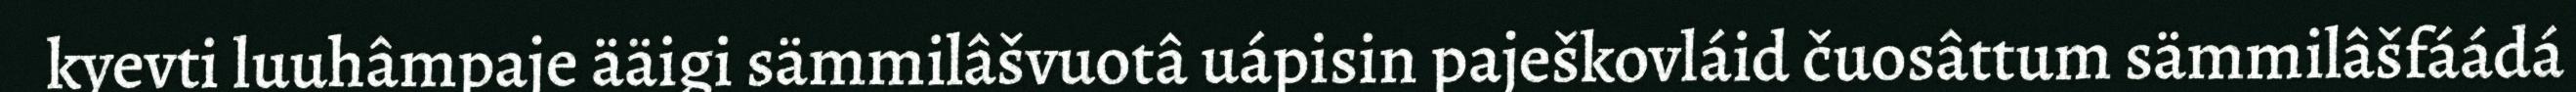
kyevti luuhâmpaje ääigi sämmilâšvuotâ uápisin paješkovláid čuosâttum sämmilâšfáádá